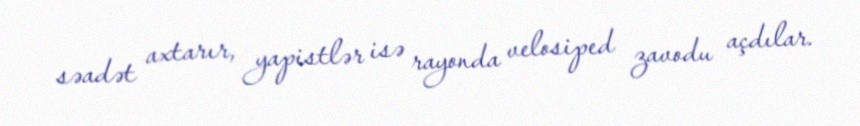
səadət axtarır, yapistlər isə rayonda velosiped zavodu açdılar.